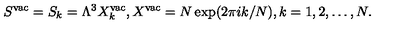
S ^ { \mathrm { v a c } } = S _ { k } = \Lambda ^ { 3 } X _ { k } ^ { \mathrm { v a c } } , X ^ { \mathrm { v a c } } = N \exp ( 2 \pi i k / N ) , k = 1 , 2 , \dots , N .